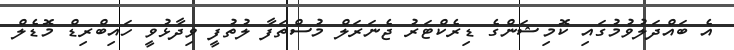
އެ ބައްދަލުވުމުގައި ކޮމިޝަންގެ ޑިރެކްޓަރު ޖެނަރަލް މުސްތަފާ ލުތުފީ ވިދާޅުވީ ހައިބްރިޑް މޮޑެލް